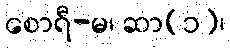
စောရီ-မ၊ ဆာ(၁)၊